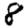
Digit: 8